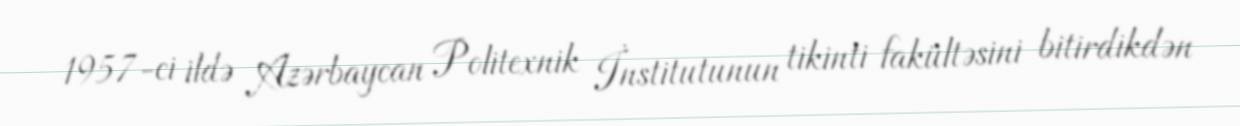
1957-ci ildə Azərbaycan Politexnik İnstitutunun tikinti fakültəsini bitirdikdən